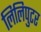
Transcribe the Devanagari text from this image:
लिलिपुटर